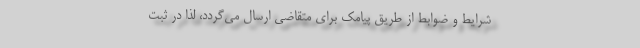
شرایط و ضوابط از طریق پیامک برای متقاضی ارسال می‌گردد، لذا در ثبت